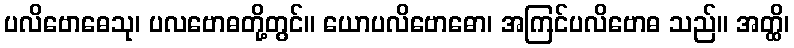
ပလိဗောဓေသု၊ ပလဗောဓတို့တွင်။ ယောပလိဗောဓော၊ အကြင်ပလိဗောဓ သည်။ အတ္ထိ၊